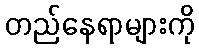
တည်နေရာများကို